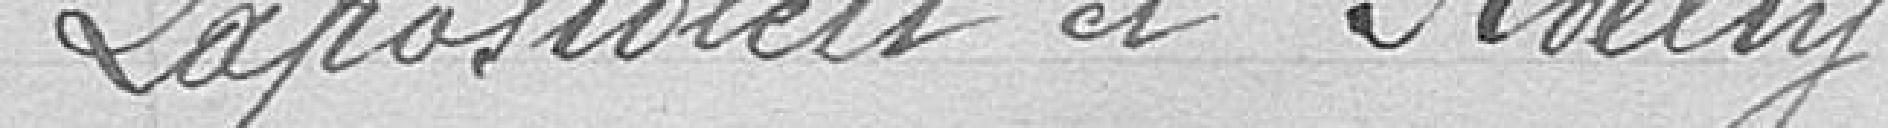
Lapostolert et Relly.